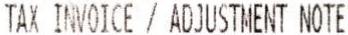
TAX INVOICE / ADJUSTMENT NOTE